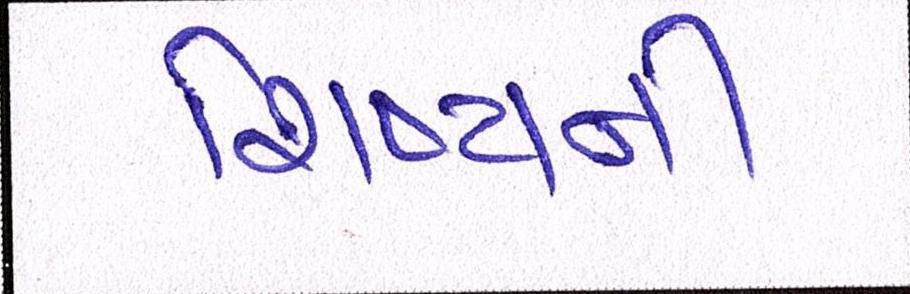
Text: શિષ્યની